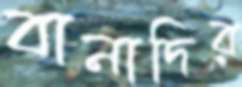
বানাদির